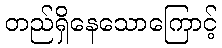
တည်ရှိနေသောကြောင့်